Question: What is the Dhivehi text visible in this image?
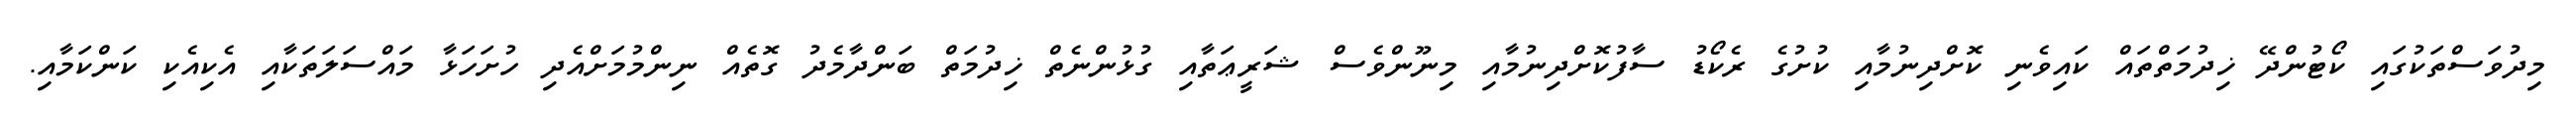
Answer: މިދުވަސްތަކުގައި ކޯޓުންދޭ ޚިދުމަތްތައް ކައިވެނި ކޮށްދިނުމާއި ކުށުގެ ރެކޯޑު ސާފުކޮށްދިނުމާއި މިނޫންވެސް ޝަރީޢަތާއި ގުޅުންނެތް ޚިދުމަތް ބަންދާމެދު ގޮތެއް ނިންމުމަށްއެދި ހުށަހަޅާ މައްސަލަތަކާއި އެކިއެކި ކަންކަމާއި.